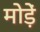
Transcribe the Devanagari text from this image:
मोडे़ं